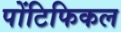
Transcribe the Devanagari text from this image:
पोंटिफिकल